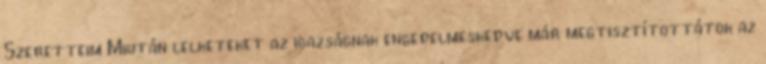
Szeretteim Miután lelketeket az igazságnak engedelmeskedve már megtisztítottátok az